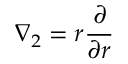
\nabla _ { 2 } = r \frac { \partial } { \partial r }